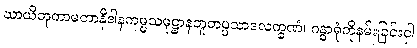
ဃာယိတုကာမတာနိဒါနကမ္မသမုဋ္ဌာနဘူတပ္ပသာဒလက္ခဏံ၊ ဂန္ဓာရုံကိုနမ်းခြင်းငှါ